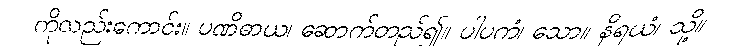
ကိုလည်းကောင်း။ ပဏိဓာယ၊ ဆောက်တည်၍။ ပါပကံ၊ သော။ နိရယံ၊ သို့။